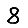
Digit: 8